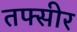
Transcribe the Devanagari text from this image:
तफ्सीर